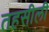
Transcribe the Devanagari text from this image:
तहसीली